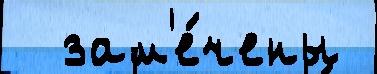
  зам'е́чены